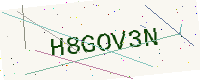
Text: H8GOV3N